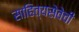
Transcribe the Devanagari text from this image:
साहित्यसेवेची